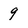
Character: 9